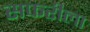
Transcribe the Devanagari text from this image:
सफरीला